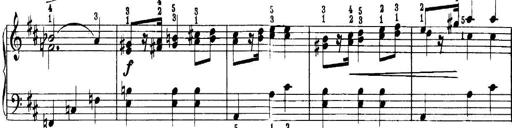
Title: Quatres sonatines
Composer: Tadeusz Joteyko